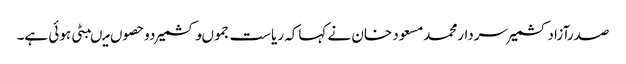
صدرآزادکشمیرسردارمحمدمسعود خان نے کہاکہ ریاست جموںوکشمیر دوحصوں میںبٹی ہوئی ہے۔